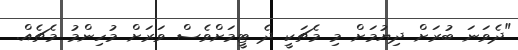
"ދެވަނަ ބުރަށް ދިޔުމަށް މި މެޗަކީ ދެ ޓީމަށްވެސް ވަރަށް މުހިންމު މެޗެއް.